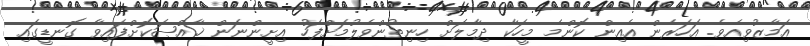
އަމާޒުވިއެވެ. އަހަރެން އެއިން ކޮންމެ މީހަކާ ދިމާލަށް ހިނިތުންވެލުމަށްފަހު އިށީންނަން ޚާއްޞަކޮށްފައިވާ ގޮނޑީގައި